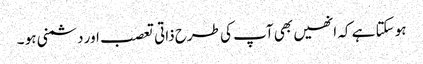
ہو سکتا ہے کہ انھیں بھی آپ کی طرح ذاتی تعصب اور دشمنی ہو ۔